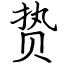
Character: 贽